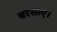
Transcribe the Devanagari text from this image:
बरसाए।